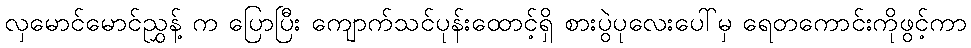
လှမောင်မောင်ညွှန့် က ပြောပြီး ကျောက်သင်ပုန်းထောင့်ရှိ စားပွဲပုလေးပေါ်မှ ရေတကောင်းကိုဖွင့်ကာ